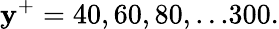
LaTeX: \mathbf{y}^{+}=40,60,80,...300.